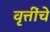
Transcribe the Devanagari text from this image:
वृत्तींचे